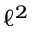
\ell ^ { 2 }